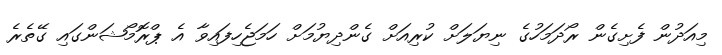
މިއަދުން ފެށިގެން ރޯދަމަހުގެ ނިޔަލަށް ކުރިއަަށް ގެންދިޔުމަށް ހަމަޖެހިފައިވާ އެ ޕްރޮމޯޝަންގައި ގޭތެރެ